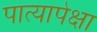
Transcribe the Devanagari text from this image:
पात्यापेक्षा